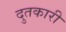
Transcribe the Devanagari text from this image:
दुतकारी